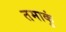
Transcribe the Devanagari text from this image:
तमाकुं